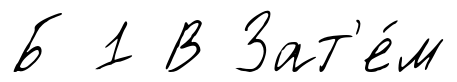
Б 1 В Зат'е́м